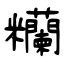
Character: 糷